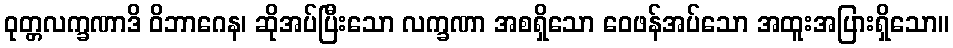
ဝုတ္တလက္ခဏာဒိ ဝိဘာဂေန၊ ဆိုအပ်ပြီးသော လက္ခဏာ အစရှိသော ဝေဖန်အပ်သော အထူးအပြားရှိသော။